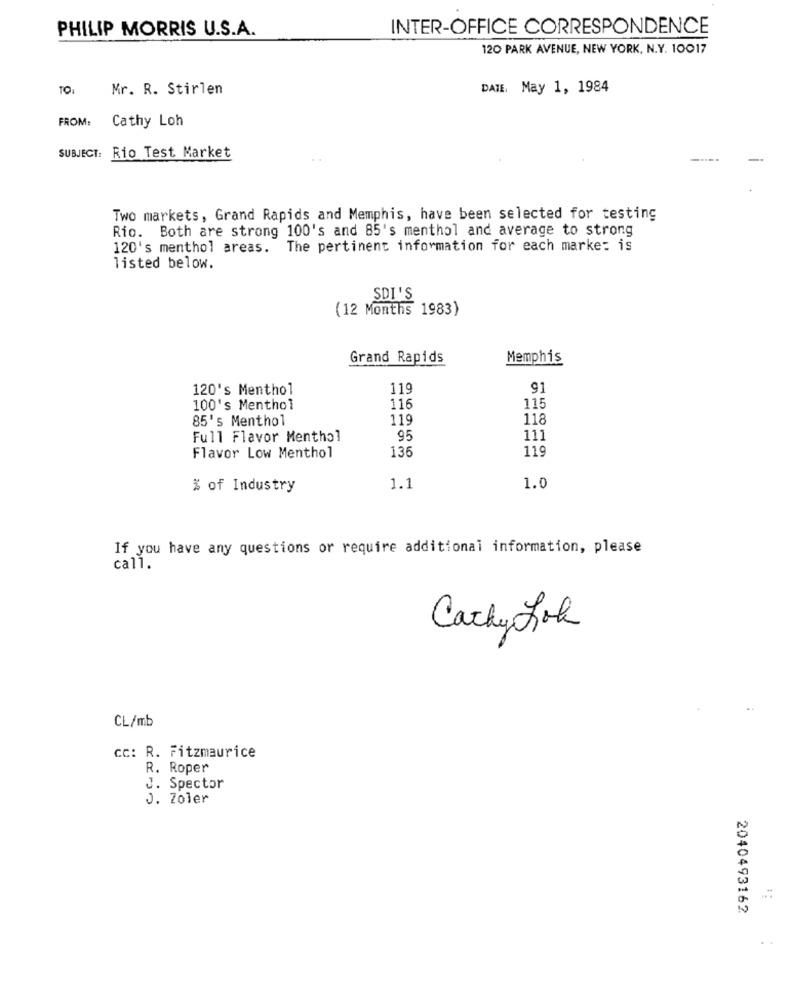
PHILIP MORRIS U.S.A.
INTER-OFFICE CORRESPONDENCE
120 PARK AVENUE, NEW YORK, N.Y. 10017
TO:
Mr. R. Stirlen
DATE, May 1, 1984
FROM:
Cathy Loh
SUBJECT: Rio Test Market
Two markets, Grand Rapids and Memphis, have been selected for testing
Rio. Both are strong 100's and 85's menthol and average to strong
120's menthol areas.
The pertinent information for each marke: is
listed below.
SDI'S
(12 Months 1983)
Grand Rapids
Memphis
120's Menthol
119
91
11
100's Menthol
116
85's Menthol
119
118
Full Flavor Menthol
95
111
136
119
Flavor Low Menthol
% of Industry
1.1
1.0
If you have any questions or require additional information, please
call.
Cathy Lok
CL/mb
CC: R. Fitzmaurice
R. Roper
J. Spector
J. Zoler
2040493162